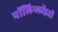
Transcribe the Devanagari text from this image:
पॉलिप्लॉइडी